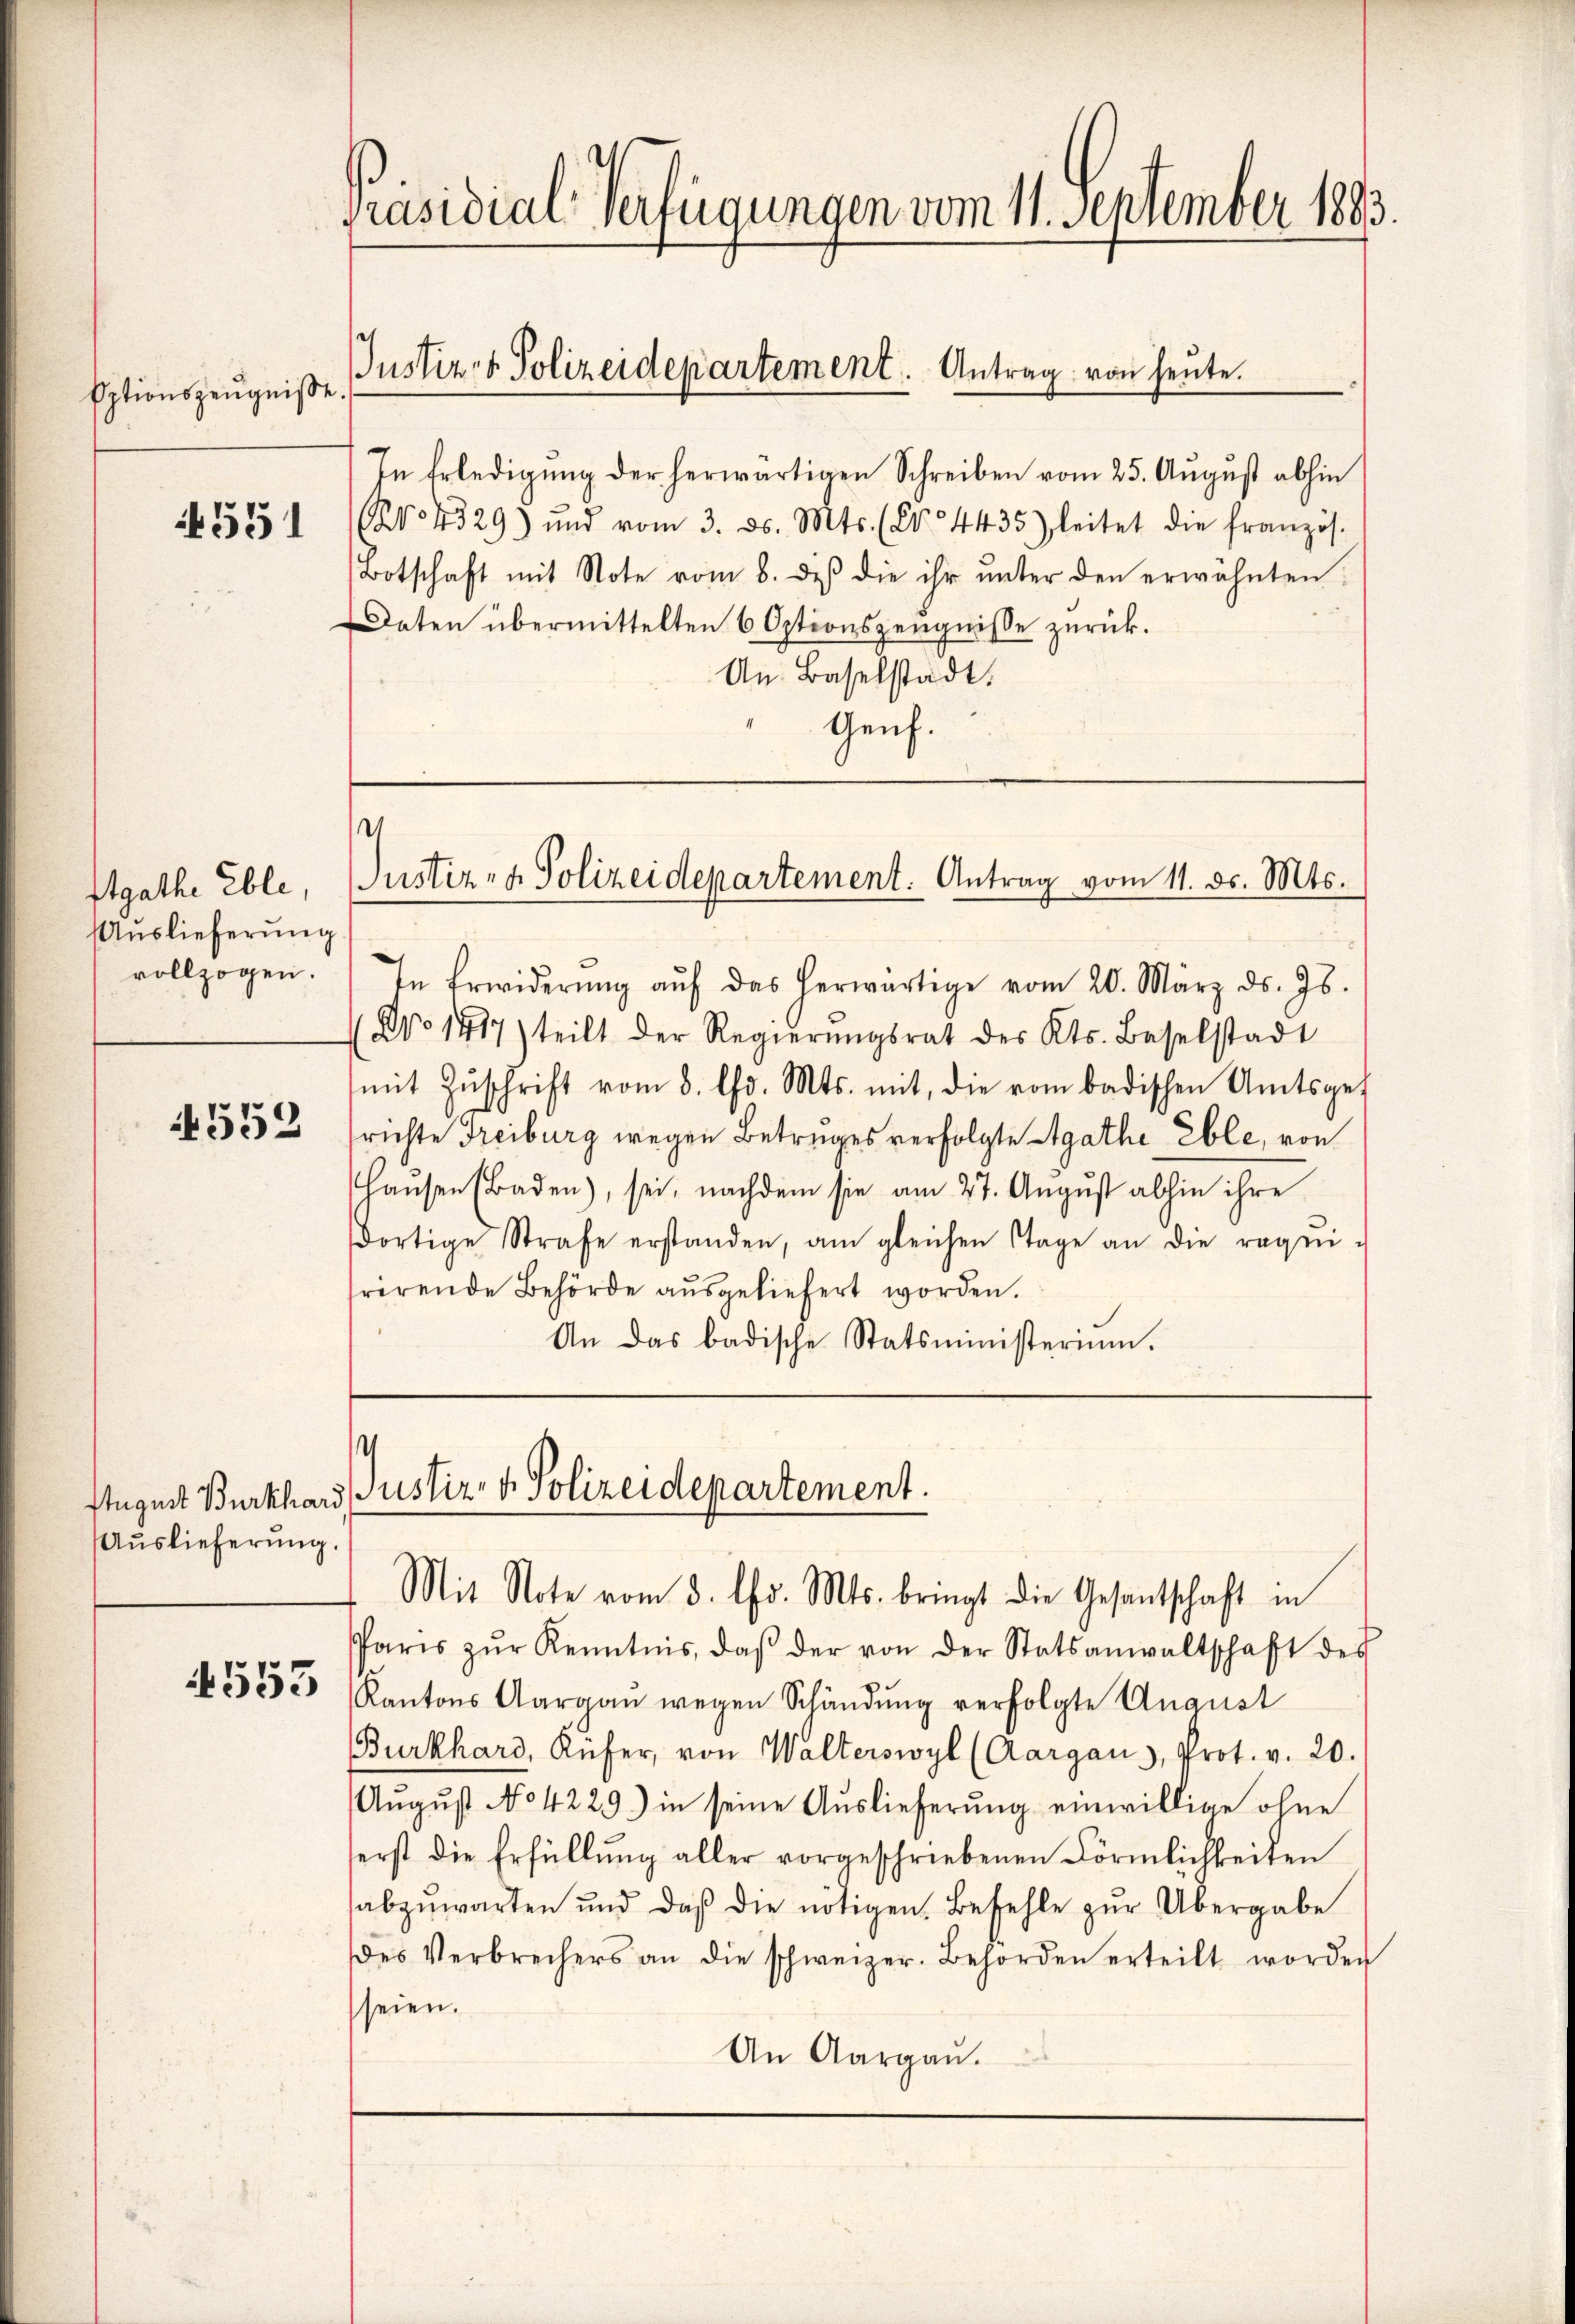
Eptionszeugniße.

551

Itgathe Eble,
Auslieferung
vollzogen.

552

Auslieferung.

4553

Präsidial-Verfügungen vom 11. September 1883

In Erledigŭng der herwärtigen Schreiben vom 25. Aŭgŭst abhin
NNo. 4329) und vom 3. ds. Mts. (N. 4435) leitet die französ.
Botschaft mit Note vom 8. des die ihr ŭnter den erwähnten
Daten übermittelten 6 Optionszeugnisse zurück.
An Baselstadt.
Genf.

Justiz- & Polizeidepartement. Antrag von heŭte.

4
Justiz- & Polizeidepartement. Antrag vom 11. ds. Mts.

s

Stugust Burkhard lustiz- & Polizeidepartement.
Mit Note vom 3. lfd. Mts. bringt die Gesandtschaft in

In Erwiderŭng aŭf das herwärtige vom 20. März ds. Js.
No 1417) teilt der Regierŭngsrat des Kts. Baselstadt
mit Zŭschrift vom 8. d. Mts. mit, die vom badischen Amtsge-
richte Freiburg wegen Betruges verfolgte Agathe Eble, von
Haŭsen (Baden), sei, nachdem sie am 27. Aŭgŭst abhin ihre
dortige Strafe erstanden, am gleichen tage an die requi-
rirende Behörde aŭsgeliefert worden.
An das badische Statsministerium.

Paris zŭr Kenntnis, daβ der von der Statsanwaltschaft des
Kantons Aargaŭ wegen Schändŭng verfolgte August
Burkhard, Küfer, von Walterswyl (Aargau), Prot. v. 20.
August No 4229) in seine Auslieferung einwillige ohne
erst die Erfüllŭng aller vorgeschriebenen Förmlichkeiten
abzŭwarten und daß die nötigen Befehle zŭr Übergabe
des Verbrechers an die schweizer. Behörden erteilt worden
seien.
An Aargaŭ.